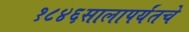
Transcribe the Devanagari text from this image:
१८४६सालापर्यंतचे